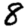
Digit: 8